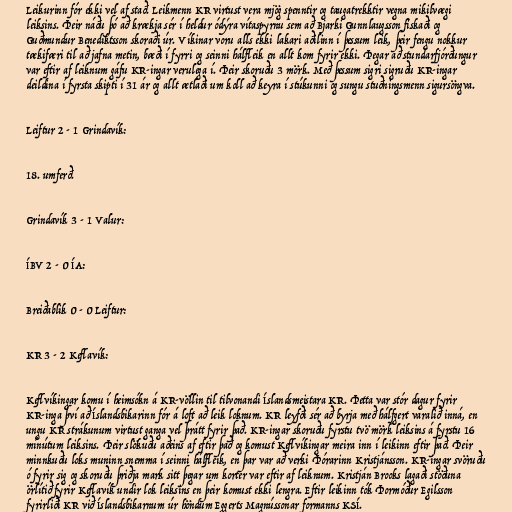
Leikurinn fór ekki vel af stað. Leikmenn KR virtust vera mjög spenntir og taugatrekktir vegna mikilvægi
leiksins. Þeir náðu þó að krækja sér í heldur ódýra vítaspyrnu sem að Bjarki Gunnlaugsson fiskaði og
Guðmundur Benediktsson skoraði úr. Víkinar voru alls ekki lakari aðilinn í þessum leik, þeir fengu nokkur
tækifæri til að jafna metin, bæði í fyrri og seinni hálfleik en allt kom fyrir ekki. Þegar að stundarfjórðungur
var eftir af leiknum gáfu KR-ingar verulega í. Þeir skoruðu 3 mörk. Með þessum sigri sigruðu KR-ingar
deildina í fyrsta skipti í 31 ár og allt ætlaði um koll að keyra í stúkunni og sungu stuðningsmenn sigursöngva.

Leiftur 2 - 1 Grindavík:

18. umferð.

Grindavík 3 - 1 Valur:

ÍBV 2 - 0 ÍA:

Breiðablik 0 - 0 Leiftur:

KR 3 - 2 Keflavík:

Keflvíkingar komu í heimsókn á KR-völlin til tilvonandi Íslandsmeistara KR. Þetta var stór dagur fyrir
KR-inga því að Íslandsbikarinn fór á loft að leik loknum. KR leyfði sér að byrja með hálfgert varalið inná, en
ungu KR strákunum virtust ganga vel þrátt fyrir það. KR-ingar skoruðu fyrstu tvö mörk leiksins á fyrstu 16
mínútum leiksins. Þeir slökuðu aðeins af eftir það og komust Keflvíkingar meira inn í leikinn eftir það. Þeir
minnkuðu loks muninn snemma í seinni hálfleik, en þar var að verki Þórarinn Kristjánsson. KR-ingar svöruðu
ó fyrir sig og skoruðu þriðja mark sitt þegar um korter var eftir af leiknum. Kristján Brooks lagaði stöðuna
örlítið fyrir Keflavík undir lok leiksins en þeir komust ekki lengra. Eftir leikinn tók Þormóður Egilsson
fyrirliði KR við Íslandsbikarnum úr höndum Eggerts Magnússonar formanns KSÍ.